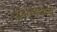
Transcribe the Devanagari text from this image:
सविश्वाविषयी